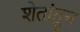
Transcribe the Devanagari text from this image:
शेतांतुन